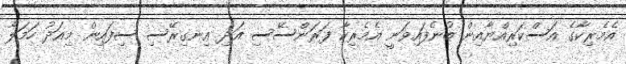
އެމެރިކާގެ އަސްކަރިއްޔާއިން ބުނެފައިވަނީ އެމެރިކާ ފަރަންސޭސި އަދި އިނގިރޭސި ސިފައިން މިއަދު ހަމަލާ